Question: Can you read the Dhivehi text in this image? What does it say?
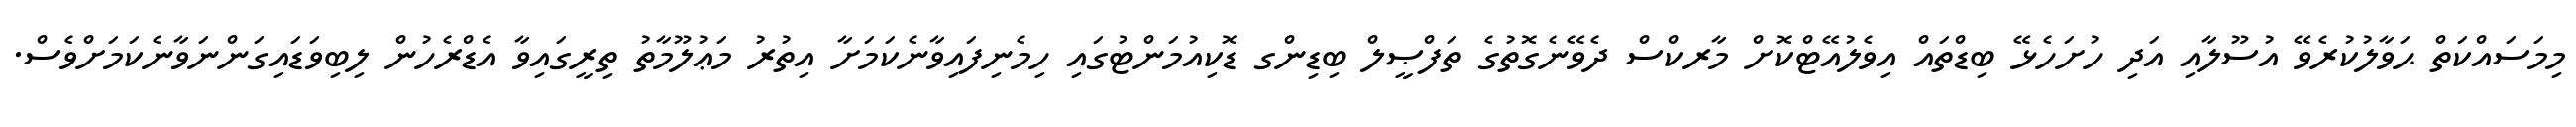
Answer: މިމަސައްކަތް ޙަވާލުކުރެވޭ އުސޫލާއި އަދި ހުށަހެޅޭ ބިޑްތައް އިވެލުއޭޓްކޮށް މާރކްސް ދެވޭނެގޮތުގެ ތަފްޞީލް ބިޑިންގ ޑޮކިއުމަންޓުގައި ހިމެނިފައިވާނެކަމަށާ އިތުރު މަޢުލޫމާތު ތިރީގައިވާ އެޑްރެހުން ލިބިވަޑައިގަންނަވާނެކަމަށްވެސް.